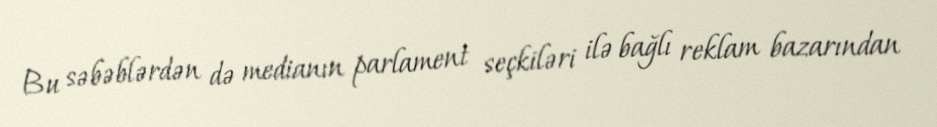
Bu səbəblərdən də medianın parlament seçkiləri ilə bağlı reklam bazarından